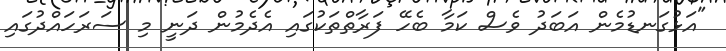
"އަޅުގަނޑުމެން އަބަދު ވެސް ކަމާ ބެހޭ ފަރާތްތަކުގައި އެދެމުން ދަނީ މި ސަރަހައްދުގައި